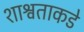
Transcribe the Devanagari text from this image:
शाश्वताकडे